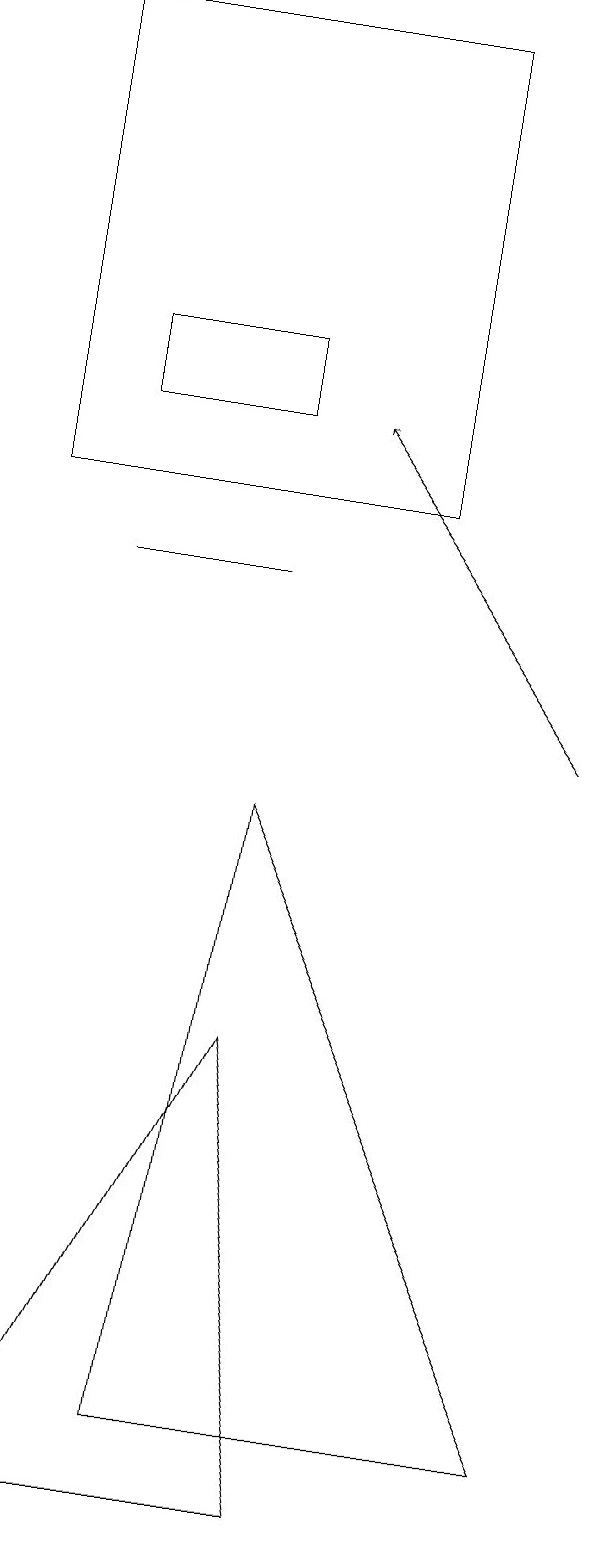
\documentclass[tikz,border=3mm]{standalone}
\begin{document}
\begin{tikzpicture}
\draw[->] (7,10) -- (4,14);
\draw (3,15) rectangle (1,14);
\draw (1,12) rectangle (3,12);
\draw (7,1) -- (3,9) -- (2,1) -- cycle;
\draw (0,13) rectangle (5,19);
\draw (4,0) -- (0,0) -- (3,6) -- cycle;
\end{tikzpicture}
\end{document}